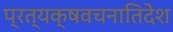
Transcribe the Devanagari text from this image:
प्रत्यक्षवचनातिदेश